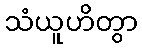
သံယူဟိတွာ